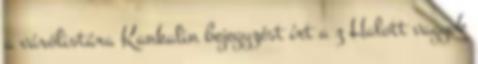
a várólistára Kankalin bejegyzést írt a z Halott vagyok